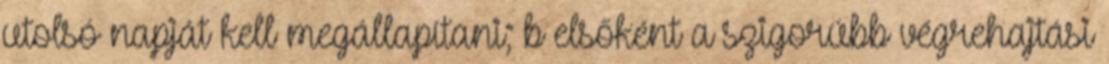
utolsó napját kell megállapítani; b elsőként a szigorúbb végrehajtási